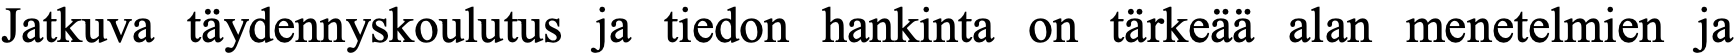
Jatkuva täydennyskoulutus ja tiedon hankinta on tärkeää alan menetelmien ja